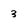
Character: 3